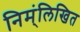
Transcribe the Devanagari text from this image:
निम्ंलिखित